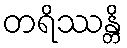
တရိဿန္တိ